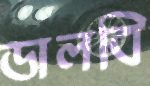
ডালবি